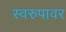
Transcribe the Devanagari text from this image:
स्वरुपावर